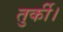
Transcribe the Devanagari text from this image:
तुर्की।